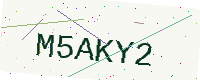
Text: M5AKY2